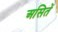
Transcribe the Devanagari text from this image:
असितें